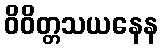
ဝိဝိတ္တသယနေန